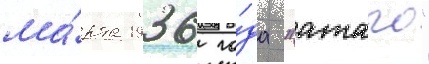
ма́рта 1936 го́да "атаго"